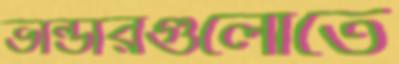
ভান্ডারগুলোতে